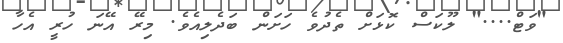
"ވަޓް...." ލޫކަސް ކޮޅަށް ތެދުވެ ހަށަން ބަދެލިއެވެ. މިރޭ އޭނަ ހުރީ އެހާ